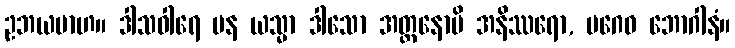
ဥဘယမာဟ။ ဒါသဝါရေ ပန ယသ္မာ ဒါသော အတ္တနောပိ အနိဿရော, ပဂေဝ ဘောဂါနံ။